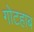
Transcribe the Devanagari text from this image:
गोटहाब